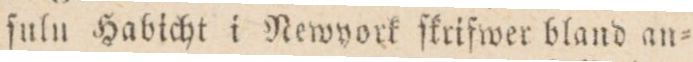
ſuln Habicht i Newyork ſkrifwer bland an=